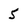
Character: 5